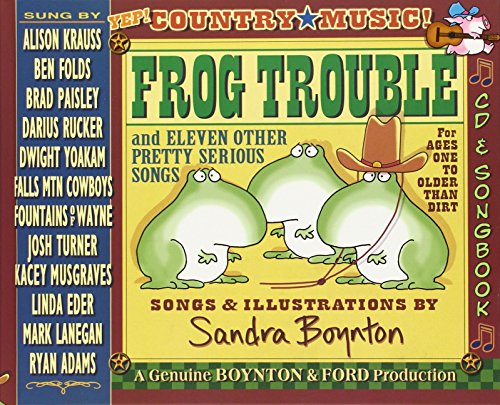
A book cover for Frog Trouble: . . . And Eleven Other Pretty Serious Songs; Sandra Boynton; Children's Books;